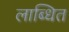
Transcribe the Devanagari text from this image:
लाब्धित